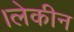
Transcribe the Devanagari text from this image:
।लेकीन